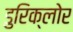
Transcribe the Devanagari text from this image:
डुरिक्लोर